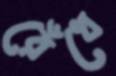
রেঁধে